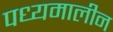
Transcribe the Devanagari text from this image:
पध्यमालीन